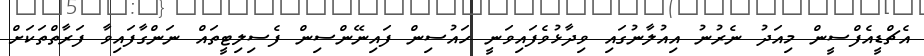
އެޗްޑީއެފްސީން މިއަދު ނެރުނު އިއުލާނުގައި ވިދާޅުވެފައިވަނީ ހައުސިން ފައިނޭންސިން ފެސިލިޓީތައް ނަންގާފައިވާ ފަރާތްތަކަށް